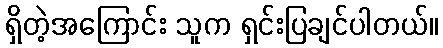
ရှိတဲ့အကြောင်း သူက ရှင်းပြချင်ပါတယ်။